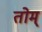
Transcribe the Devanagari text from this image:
तोम्